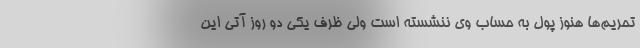
تحریم‌ها هنوز پول به حساب وی ننشسته است ولی ظرف یکی دو روز آتی این